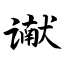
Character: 谳